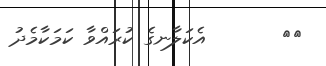
٢٣       އެކަލާނގެ ކުރައްވާ ކަމަކާމެދު